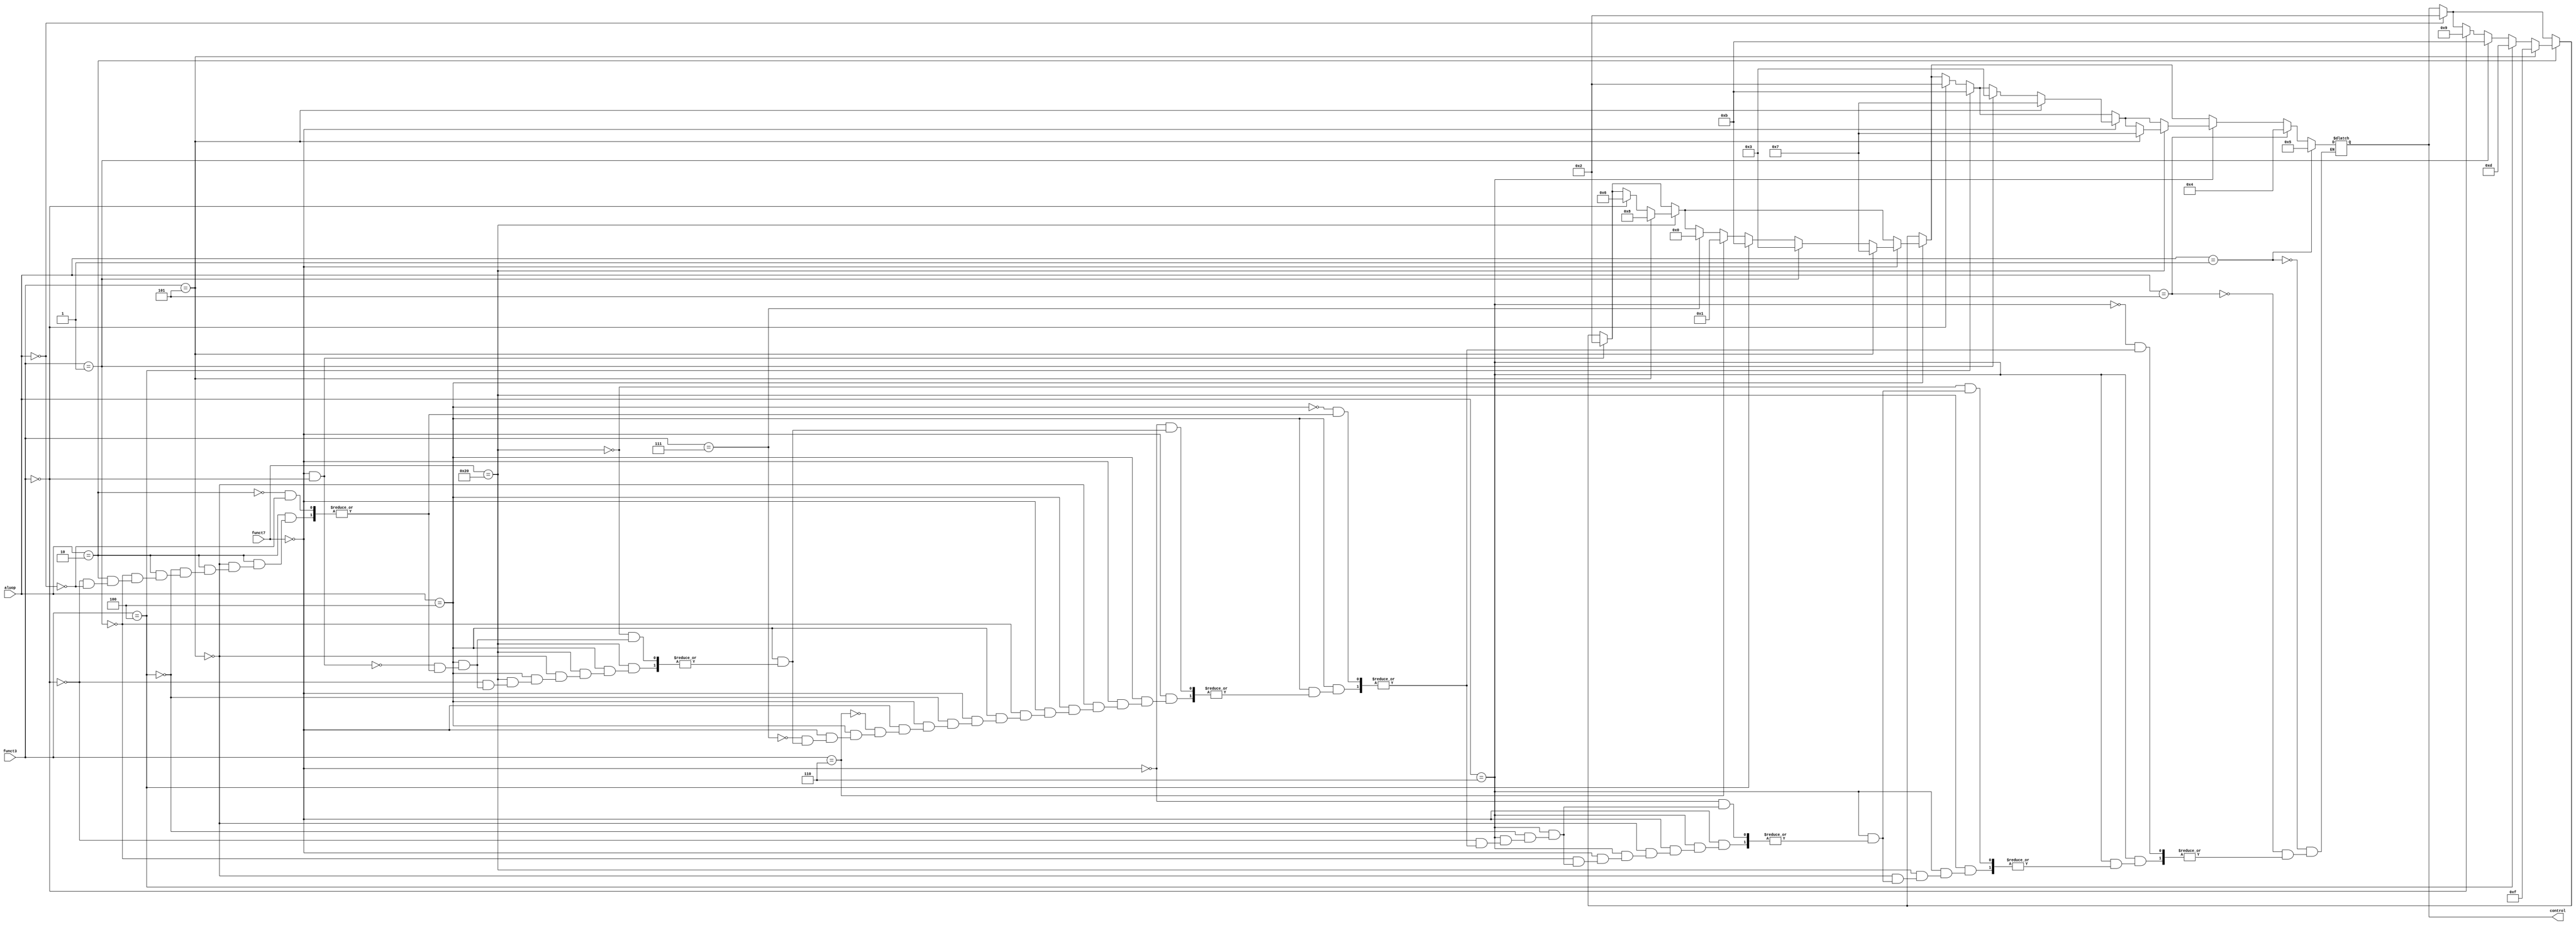
`timescale 1ns / 1ps
//////////////////////////////////////////////////////////////////////////////////
// Company: 
// Engineer: 
// 
// Design Name: 
// Module Name: ALUControl
// Project Name: 
// Target Devices: 
// Tool Versions: 
// Description: 
// 
// Dependencies: 
// 
// Revision:
// Revision 0.01 - File Created
// Additional Comments:
// 
//////////////////////////////////////////////////////////////////////////////////


module ALUControl(
    input [2:0] aluop,
    input [6:0] funct7,
    input [2:0] funct3,
    output reg [3:0] control
    );
    
    
always@(*)
begin

    if(aluop == 3'b000)
    begin
        control = 4'b0010;
    end

    //Branch Operations
    if(aluop == 3'b010)
    begin
        //BEQ
        if(funct3 == 3'b0)
        begin
            control = 4'b1001;
        end
        
        //BNE
        if(funct3 == 3'b001)
        begin
            control = 4'b1011;
        end
        
        //BLT
          if(funct3 == 3'b100)
        begin
            control = 4'b1101;
        end
        
        //BGE
        if(funct3 == 3'b101)
        begin
            control = 4'b1111;
        end
    end
    
    //R - Type
    if(aluop == 3'b100)
    begin
        //ADD
        if(funct7 == 7'b0 && funct3 == 3'b0)
        begin
            control = 4'b0010;
        end

        if(funct7 == 7'b0100000)
        begin
            //SUB
            if(funct3 == 3'b0)
            begin
                control = 4'b0110;
            end
            //SRA
            if(funct3 == 3'b101)
            begin
                control = 4'b1000;
            end
        end

        if(funct7 == 7'b0)
        begin
            //AND
            if(funct3 == 3'b111)
            begin
                control = 4'b0000;
            end
            
            //OR
            if(funct3 == 3'b110)
            begin
                control = 4'b0001;
            end
            
            //XOR
            if(funct3 == 3'b100)
            begin
                control = 4'b1011;
            end

            //SLL
            if(funct3 == 3'b001)
            begin  
                control = 4'b0011;
            end
            
            //SRL
            if(funct3 == 3'b101)
            begin
                control = 4'b0111;
            end
        end
    end
    
    
    //I - Type
    if(aluop == 3'b110)
    begin
        //Addi
        if(funct3 == 3'b0)
        begin
            control = 4'b0010;
        end
        
        //XORI
        if(funct3 == 3'b100)
        begin
            control = 4'b1011;
        
        end

        if(funct7 == 7'b0)
        begin
            if(funct3 == 3'b001)
            begin
                control = 4'b0011;
            end
            
            if(funct3 == 3'b101)
            begin
                control = 4'b0111;
            end
        end
        
        if(funct7 == 7'b0100000)
        begin
            if(funct3 == 3'b101)
            begin
                control = 4'b0111;   
            end
        end
    end
    
    
    //JAL
    if(aluop == 3'b101)
    begin
        control = 4'b0100;
    end
    
    //JALR
    if(aluop == 3'b001)
    begin
        control = 4'b0101;
    end
end    
    
    
endmodule